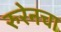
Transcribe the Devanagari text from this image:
रुरेनचा